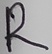
Text: R